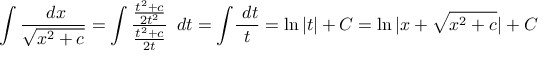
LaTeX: \int { \frac { \ d x } { \sqrt { x ^ { 2 } + c } } } = \int { \frac { \frac { t ^ { 2 } + c } { 2 t ^ { 2 } } } { \frac { t ^ { 2 } + c } { 2 t } } } \, \ d t = \int \! { \frac { \ d t } { t } } = \ln | t | + C = \ln | x + { \sqrt { x ^ { 2 } + c } } | + C